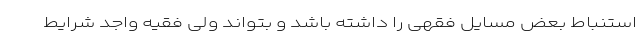
استنباط بعض مسایل فقهی را داشته باشد و بتواند ولی فقیه واجد شرایط